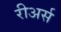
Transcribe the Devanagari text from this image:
रीअर्स